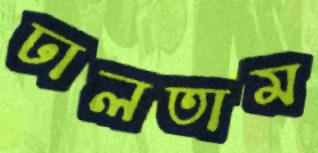
ঢালতাম